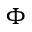
\Phi